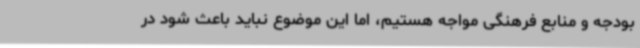
بودجه و منابع فرهنگی مواجه هستیم، اما این موضوع نباید باعث شود در